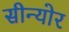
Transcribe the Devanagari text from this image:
सीन्योर